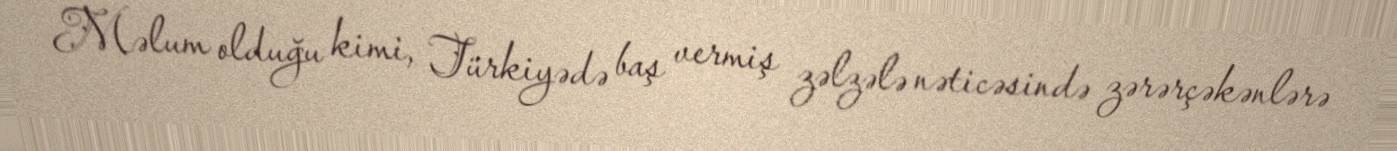
Məlum olduğu kimi, Türkiyədə baş vermiş zəlzələ nəticəsində zərərçəkənlərə